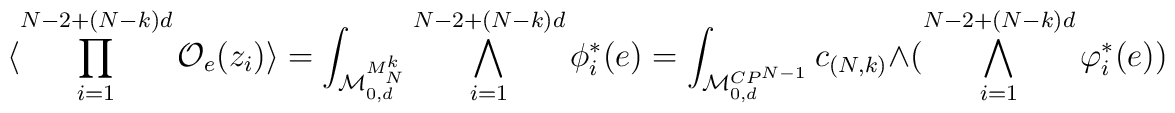
\langle \prod_{i=1}^{N-2+(N-k)d}{\cal O}_{e}(z_{i})         \rangle = \int_{{\cal M}_{0,d}^{M_{N}^{k}}}         \bigwedge_{i=1}^{N-2+(N-k)d}\phi^{*}_{i}(e)  =\int_{{\cal M}^{CP^{N-1}}_{0,d}}c_{(N,k)}\wedge         (\bigwedge_{i=1}^{N-2+(N-k)d}\varphi^{*}_{i}(e))